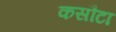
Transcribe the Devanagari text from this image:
कसौटा